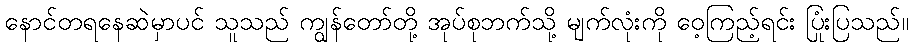
နောင်တရနေဆဲမှာပင် သူသည် ကျွန်တော်တို့ အုပ်စုဘက်သို့ မျက်လုံးကို ဝေ့ကြည့်ရင်း ပြုံးပြသည်။